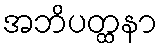
အဘိပတ္ထနာ